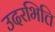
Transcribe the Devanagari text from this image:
उदरभित्ति